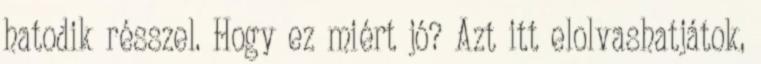
hatodik résszel. Hogy ez miért jó? Azt itt elolvashatjátok,